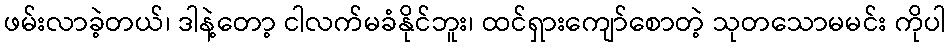
ဖမ်းလာခဲ့တယ်၊ ဒါနဲ့တော့ ငါလက်မခံနိုင်ဘူး၊ ထင်ရှားကျော်စောတဲ့ သုတသောမမင်း ကိုပါ